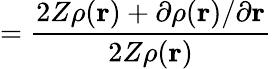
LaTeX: =\frac{2Z\rho(\mathbf{r})+\partial\rho(\mathbf{r})/\partial\mathbf{r}}{2Z\rho(\mathbf{r})}